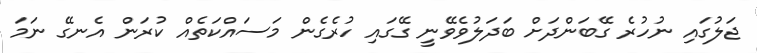
ޖަލުގައި ނުހުރެ ގޭބަންދަށް ބަދަލުވެވޭނީ ގޭގައި ހުރެގެން މަސައްކަތެއް ކުރަން އެނގޭ ނަމަ